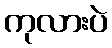
ကုလားပဲ